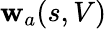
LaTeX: \mathbf{w}_{a}(s,V)